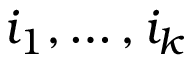
i _ { 1 } , \ldots , i _ { k }